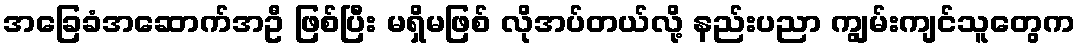
အခြေခံအဆောက်အဦ ဖြစ်ပြီး မရှိမဖြစ် လိုအပ်တယ်လို့ နည်းပညာ ကျွမ်းကျင်သူတွေက